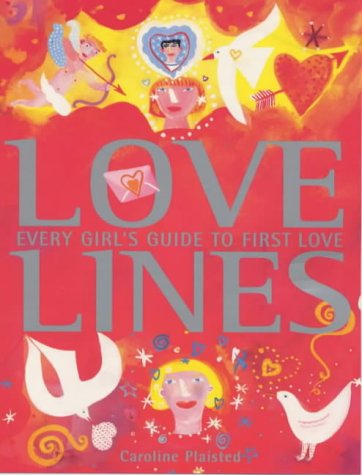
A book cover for Love Lines: Every Girl's Guide to First Love; Caroline Plaisted; Teen & Young Adult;